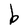
Character: b